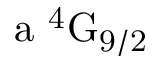
\mathrm { a \ ^ { 4 } G _ { 9 / 2 } }